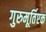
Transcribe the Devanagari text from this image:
गुरुमूर्तिएक